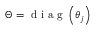
\Theta = \mathrm { ~ d ~ i ~ a ~ g ~ } \left( \theta _ { j } \right)